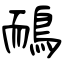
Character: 鴯